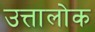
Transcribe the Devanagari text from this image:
उत्तालोक